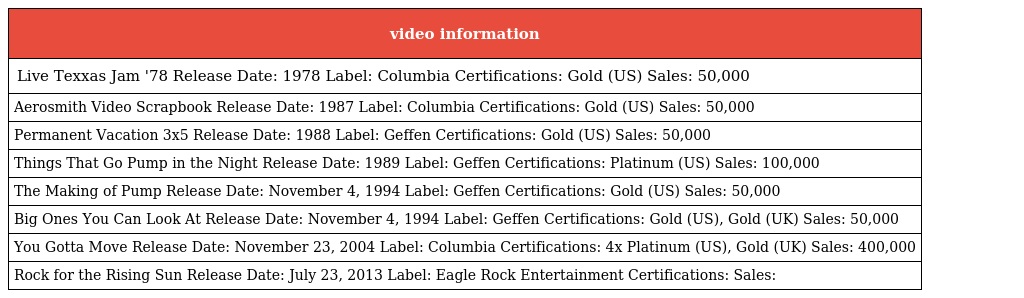
| video information |
 | --- |
 | Live Texxas Jam '78 Release Date: 1978 Label: Columbia Certifications: Gold (US) Sales: 50,000 |
 | Aerosmith Video Scrapbook Release Date: 1987 Label: Columbia Certifications: Gold (US) Sales: 50,000 |
 | Permanent Vacation 3x5 Release Date: 1988 Label: Geffen Certifications: Gold (US) Sales: 50,000 |
 | Things That Go Pump in the Night Release Date: 1989 Label: Geffen Certifications: Platinum (US) Sales: 100,000 |
 | The Making of Pump Release Date: November 4, 1994 Label: Geffen Certifications: Gold (US) Sales: 50,000 |
 | Big Ones You Can Look At Release Date: November 4, 1994 Label: Geffen Certifications: Gold (US), Gold (UK) Sales: 50,000 |
 | You Gotta Move Release Date: November 23, 2004 Label: Columbia Certifications: 4x Platinum (US), Gold (UK) Sales: 400,000 |
 | Rock for the Rising Sun Release Date: July 23, 2013 Label: Eagle Rock Entertainment Certifications: Sales: |